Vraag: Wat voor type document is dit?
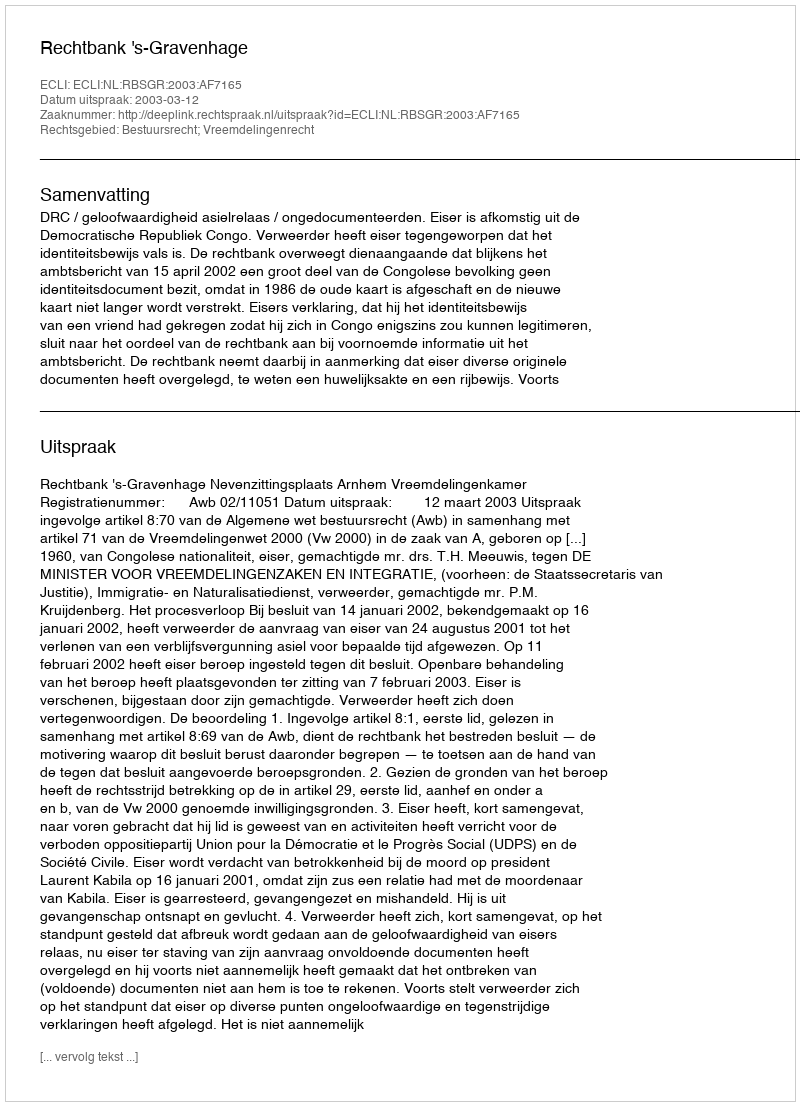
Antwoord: Uitspraak